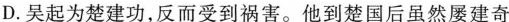
D．吴起为楚建功，反而受到祸害。他到楚国后虽然屡建奇